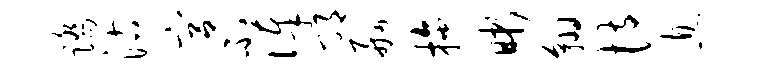
踏沽宫不俸邛舸拖晰翱恃息